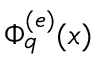
\Phi _ { q } ^ { ( e ) } ( x )